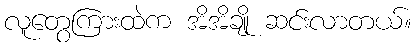
လူတွေကြားထဲက အိအိချို ဆင်းလာတယ်။